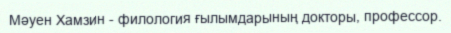
Мәуен Хамзин - филология ғылымдарының докторы, профессор.